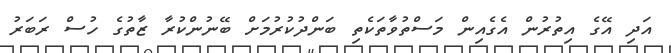
އަދި އޭގެ އިތުރުން އެގެއިން މަސްތުވާތަކެތި ބަންދުކުރުމަށް ބޭނުންކުރާ ޒާތުގެ ހުސް ރަބަރު